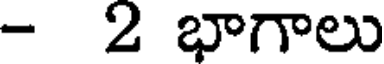
- 2 భాగాలు